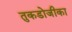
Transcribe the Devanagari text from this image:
तुकडोजीका